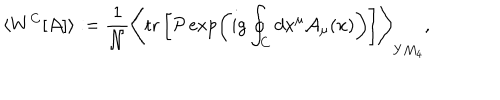
\langle W ^ { C } [ { \cal A } ] \rangle : = { \frac { 1 } { \cal N } } \Biggr \langle \mathrm { t r } \left[ { \cal P } \exp \left( i g \oint _ { C } d x ^ { \mu } { \cal A } _ { \mu } ( x ) \right) \right] \Biggr \rangle _ { Y M _ { 4 } } ,